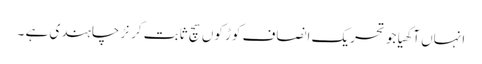
انہاں آکھیا جو تحریک انصاف کوڑ کوں سچ ثابت کرنڑ چاہندی ہے ۔